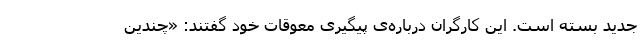
جدید بسته است. این کارگران درباره‌ی پیگیری معوقات خود گفتند: «چندین